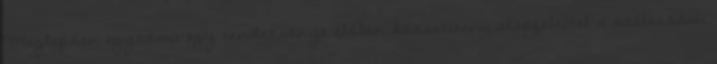
Meglepően egyszerű egy rendezvényt élőben közvetíteni, alapfeltétel a szélessávú